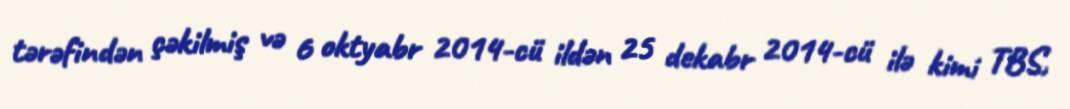
tərəfindən çəkilmiş və 6 oktyabr 2014-cü ildən 25 dekabr 2014-cü ilə kimi TBS,